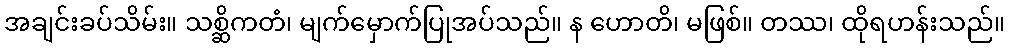
အချင်းခပ်သိမ်း။ သစ္ဆိကတံ၊ မျက်မှောက်ပြုအပ်သည်။ န ဟောတိ၊ မဖြစ်။ တဿ၊ ထိုရဟန်းသည်။